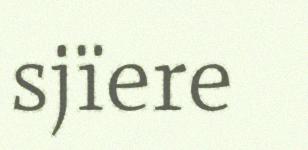
sjïere